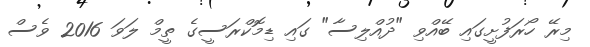
މިރޭ ހޯރަފުށީގައި ބޭއްވި "ދުއްލިސާ" ގައި ޑިމޮކްރަސީގެ ތީމް ލަވަ 2016 ވެސް